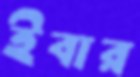
ইবার